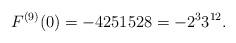
LaTeX: \begin{align*}F^{(9)}(0)=-4251528=-2^{3}3^{12}.\end{align*}